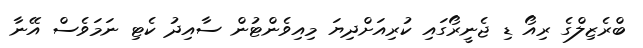
ބްރެޒިލްގެ ރިއޯ ޑި ޖެނީރޯގައި ކުރިއަށްދިޔަ މިއިވެންޓުން ސާއިދު ކެޓި ނަމަވެސް އޭނާ